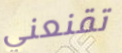
تقنعني